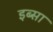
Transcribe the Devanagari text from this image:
इब्‍सा